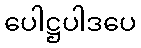
ပေါဋ္ဌပါဒပေ